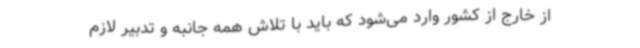
از خارج از کشور وارد می‌شود که باید با تلاش همه جانبه و تدبیر لازم